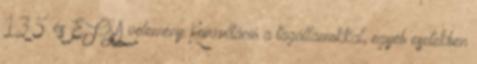
13.5. és EFSA vélemény Konzultáció a tagállamokkal, egyéb esetekben